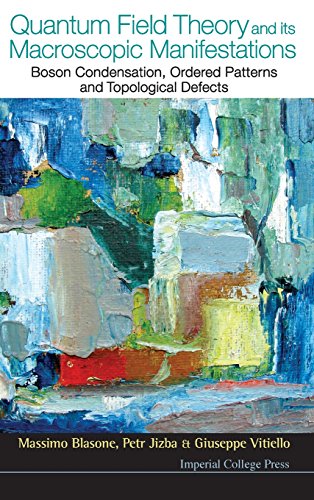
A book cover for Quantum Field Theory And Its Macroscopic Manifestations; Massimo Blasone; Science & Math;